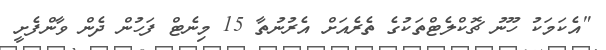
"އެކަމަކު ހޫނު ޗޮކްލެޓްތަކުގެ ތެރެއަށް އެރުނުތާ 15 މިނެޓް ފަހުން ދެން ވާންފެށީ